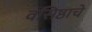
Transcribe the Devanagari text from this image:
वसिष्ठाचे